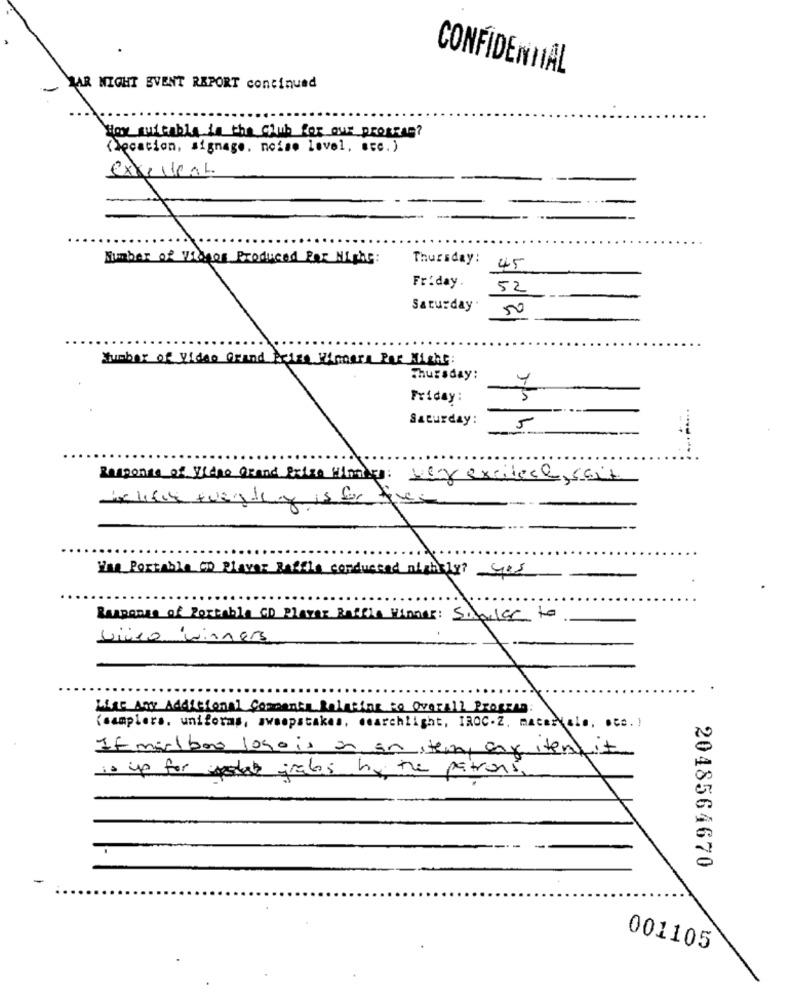
CONFIDENTIAL
-
HAR MIGHT EVENT REPORT continued
Hore suitable in the club for our profese?
(Jęcation, signage, noise level, ecc.)
excellent
Number of Videos Produced Per Night:
Thursday:
45
Friday.
52
Saturday .
50
Number of Video Grand Prize Winners Par Nicht:
Thursday:
Friday:
5
Saturday:
Response of Vidne Grand Prize Himigs: weg excitece, sait
I'm Portable CD Player Raffle conducted nightly? yes
Response of Portable CD Player Raffle Winner: Silvia to
Liceo winners
LIKE Any Additional Comments Relating to Overall Program:
(samplers. uniforms, sweepstakes, searchlight, IROC.Z. materiale, ote. )
If marlboro logo is an an item, any itemhit
is up for upstate grabs by the patrons
2048564670
001105